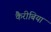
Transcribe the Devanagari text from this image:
कैरीबिया